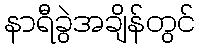
နာရီခွဲအချိန်တွင်